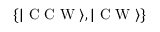
\{ \vert \mathrm { ~ C ~ C ~ W ~ } \rangle , \vert \mathrm { ~ C ~ W ~ } \rangle \}